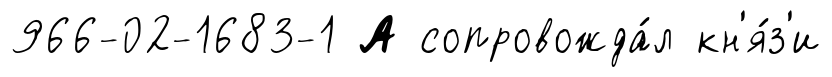
966-02-1683-1 А сопровожда́л кн'я́з'и